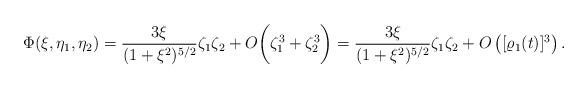
LaTeX: \begin{align*}\Phi(\xi, \eta_1, \eta_2)& = \frac{3\xi}{(1+\xi^2)^{5/2}}\zeta_1 \zeta_2 + O\bigg(\zeta_1^3 + \zeta_2^3\bigg)=\frac{3\xi}{(1+\xi^2)^{5/2}}\zeta_1 \zeta_2 + O\left([ \varrho_1(t)]^3 \right).\end{align*}